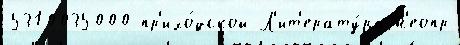
5310035000 пр'ихо́дской Л'ит'ерату́ра н'еопр